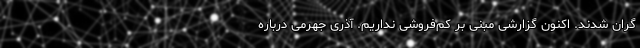
گران شدند. اکنون گزارشی مبنی بر کم‌فروشی نداریم. آذری جهرمی درباره